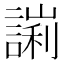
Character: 𧪙